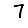
Digit: 7